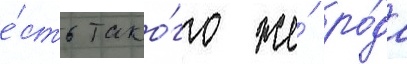
е́сть тако́го же́ ро́да